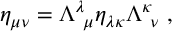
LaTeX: \eta _ { \mu \nu } = \Lambda _ { ~ \mu } ^ { \lambda } \eta _ { \lambda \kappa } \Lambda _ { ~ \nu } ^ { \kappa } ~ ,